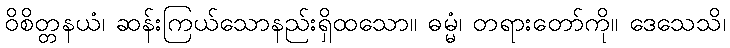
ဝိစိတ္တနယံ၊ ဆန်းကြယ်သောနည်းရှိထသော။ ဓမ္မံ၊ တရားတော်ကို။ ဒေသေသိ၊